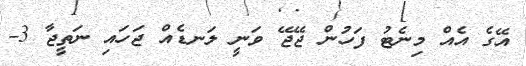
އޭގެ އެއް މިނެޓު ފަހުން ޖޭޖޭ ވަނީ ލަނޑެއް ޖަހައި ނަތީޖާ 3-